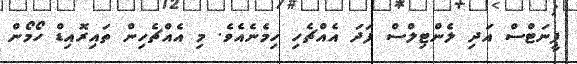
ޕީނަޓްސް އަދި ލެންޓިލްސް ފަދަ އެއްޗެހި ހިމެނެއެވެ. މި އެއްޗެހިން ތައިރޮއިޑް ހޯމޯން